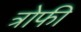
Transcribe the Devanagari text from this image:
त्रोफी